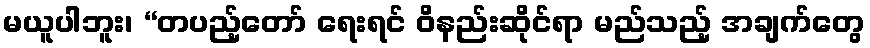
မယူပါဘူး၊ “တပည့်တော် ရေးရင် ဝိနည်းဆိုင်ရာ မည်သည့် အချက်တွေ